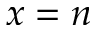
x = n